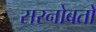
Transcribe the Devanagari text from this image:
सरनोबतो